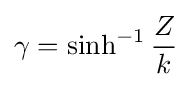
\gamma =\sinh ^{-1}{\frac {Z}{k}}